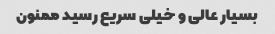
بسیار عالی و خیلی سریع رسید ممنون